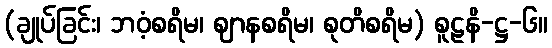
(ချုပ်ခြင်း၊ ဘဝံ့စရိမ၊ ဈာနစရိမ၊ စုတိစရိမ) စူဠနိ-ဋ္ဌ-၆။